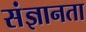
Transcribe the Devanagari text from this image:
संज्ञानता